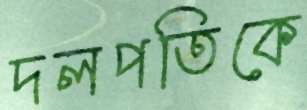
দলপতিকে